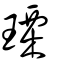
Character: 瑮